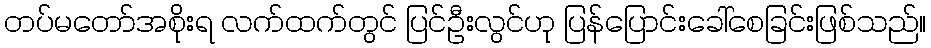
တပ်မတော်အစိုးရ လက်ထက်တွင် ပြင်ဦးလွင်ဟု ပြန်ပြောင်းခေါ်စေခြင်းဖြစ်သည်။